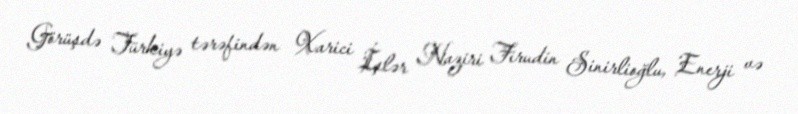
Görüşdə Türkiyə tərəfindən Xarici İşlər Naziri Firudin Sinirlioğlu, Enerji və